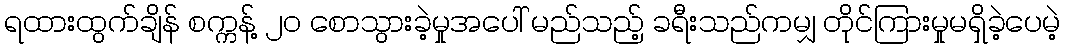
ရထားထွက်ချိန် စက္ကန့် ၂၀ စောသွားခဲ့မှုအပေါ် မည်သည့် ခရီးသည်ကမျှ တိုင်ကြားမှုမရှိခဲ့ပေမဲ့